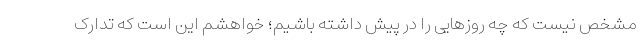
مشخص نیست که چه روزهایی را در پیش داشته باشیم؛ خواهشم این است که تدارک